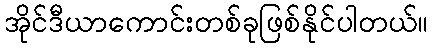
အိုင်ဒီယာကောင်းတစ်ခုဖြစ်နိုင်ပါတယ်။